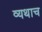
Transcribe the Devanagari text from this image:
व्यथाच